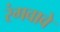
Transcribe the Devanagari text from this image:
रंगवावे